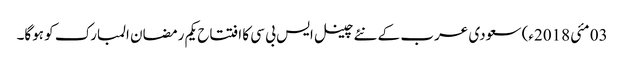
03 مئی2018ء) سعودی عرب کے نئے چینل ایس بی سی کا افتتاح یکم رمضان المبارک کو ہوگا۔